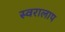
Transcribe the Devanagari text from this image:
स्वरालाप